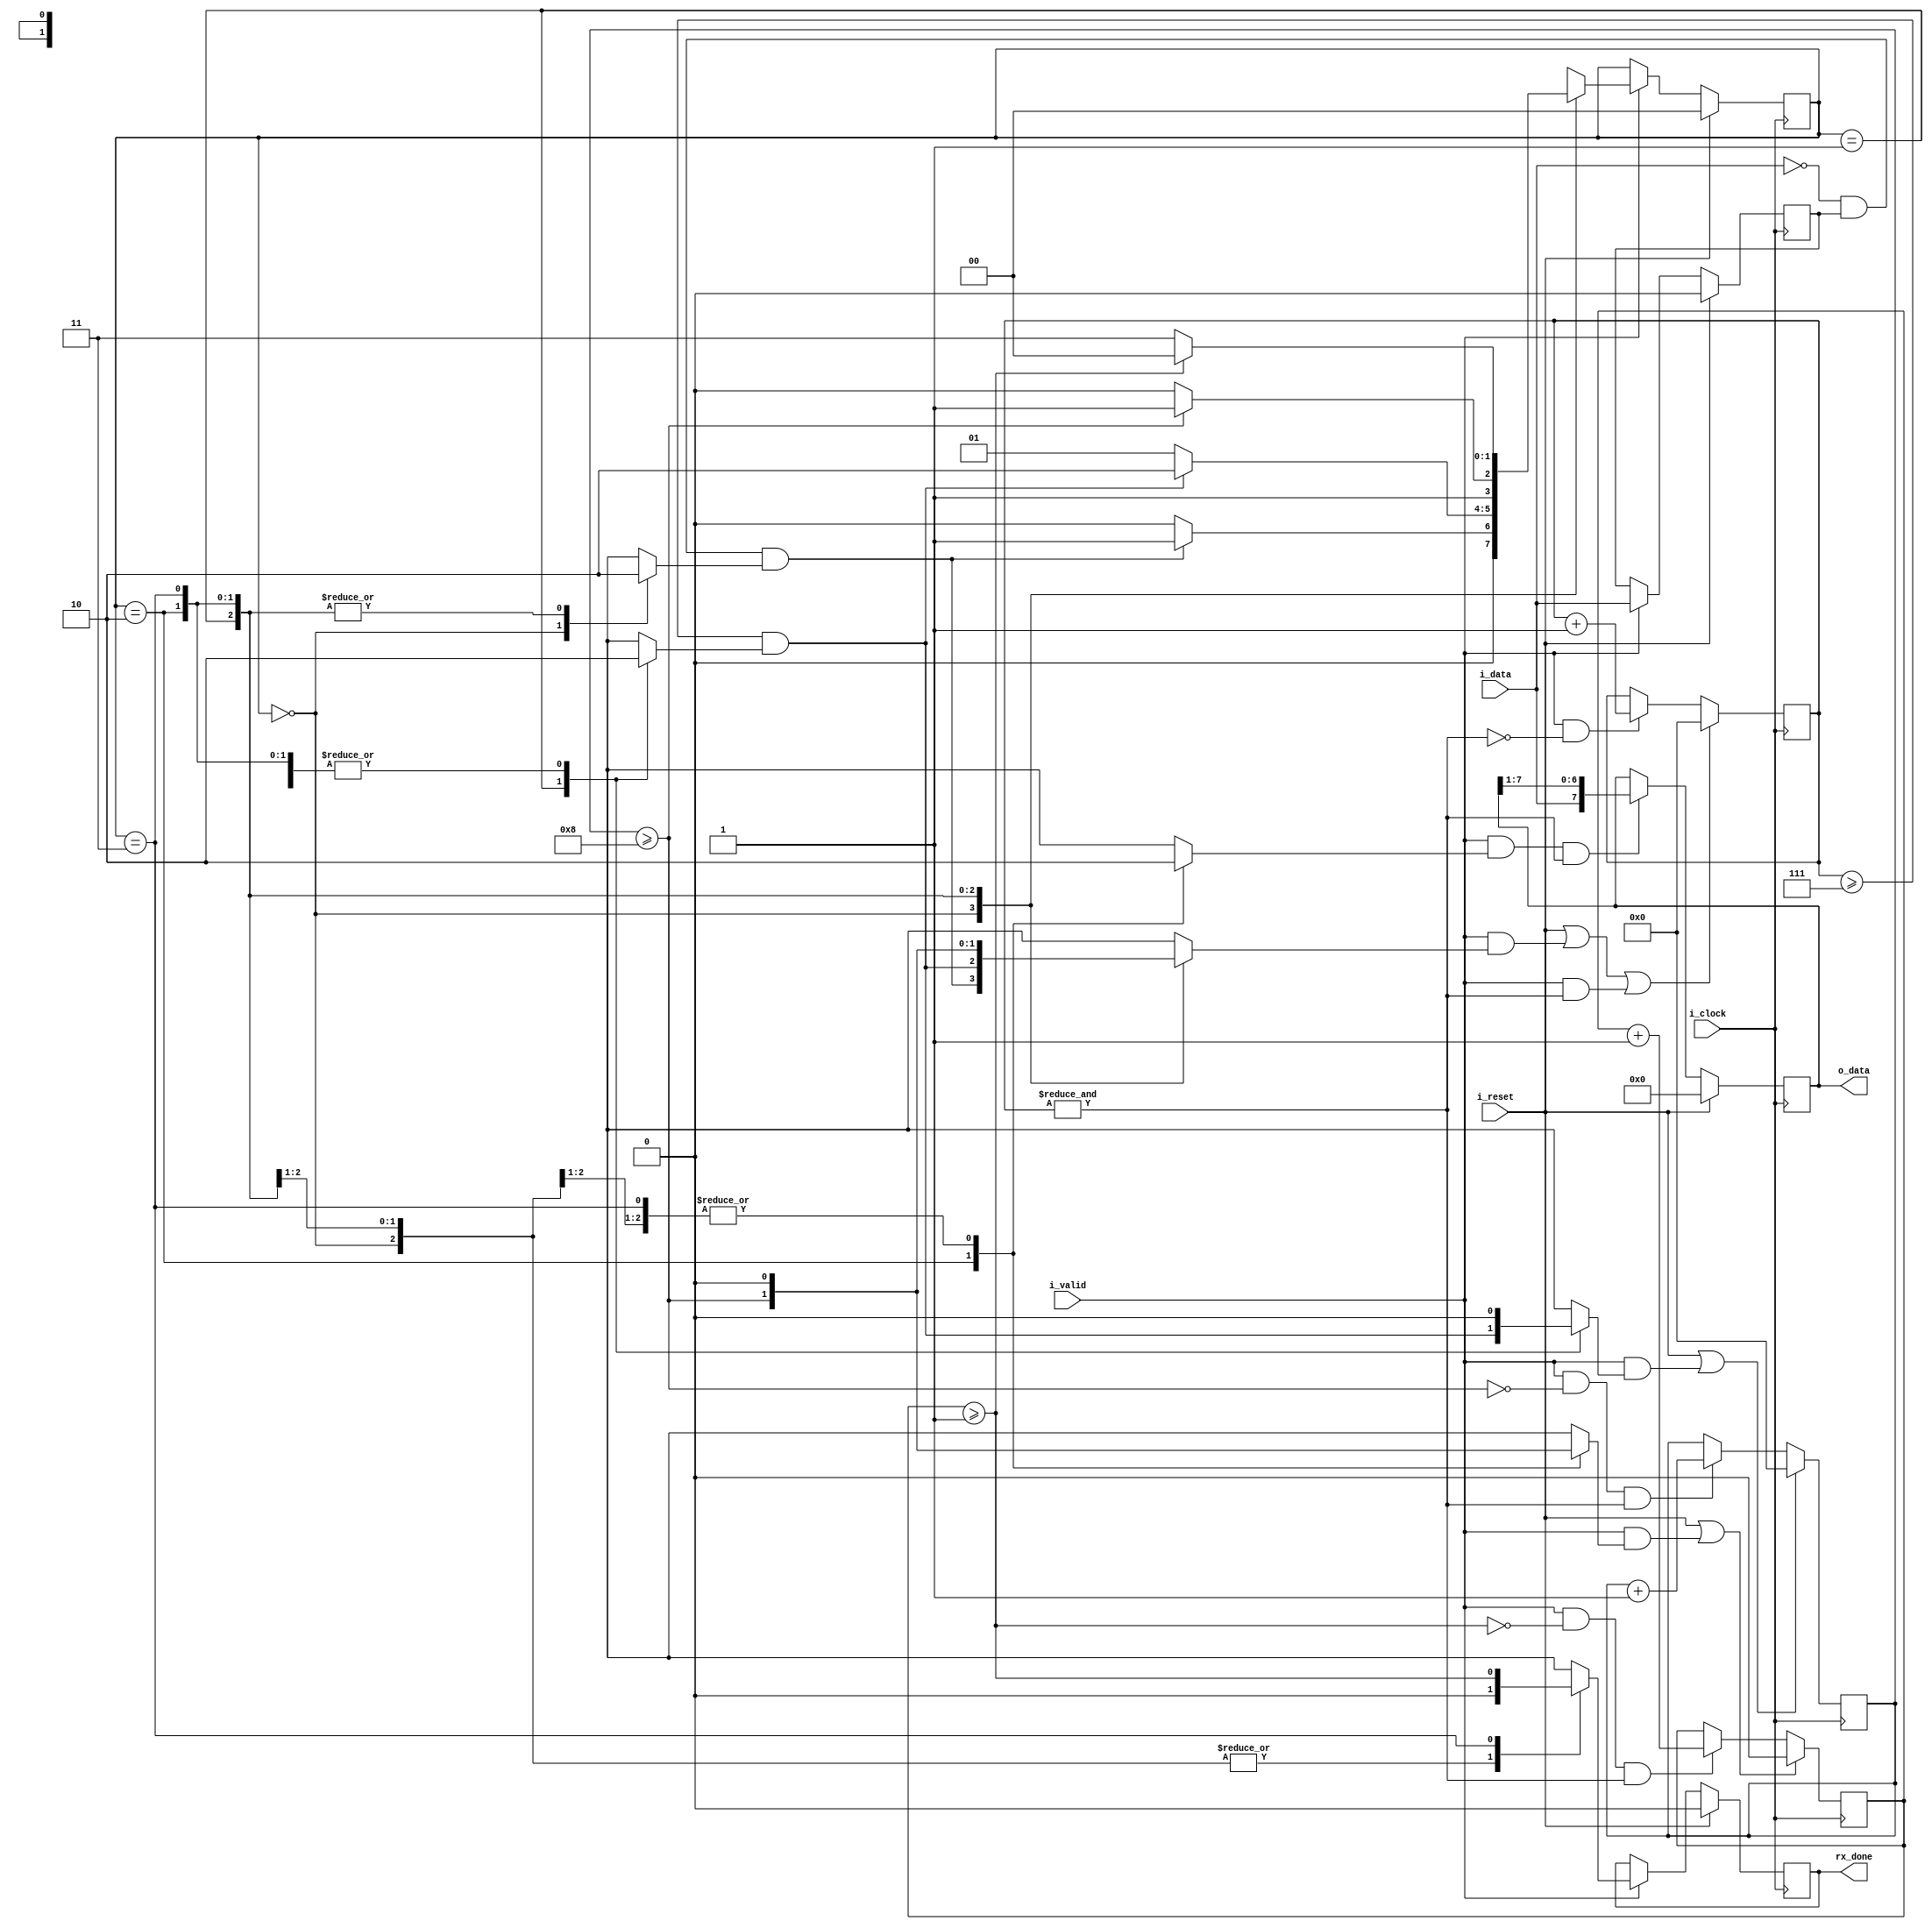
`timescale 1ns / 1ps

module uart_rx 
#(
    // Parameters.
    parameter                                   NB_DATA         = 1 , // Parallelism = 1
    parameter                                   N_DATA          = 8 , // Nr of bits from frame
    parameter                                   LOG2_N_DATA     = 4 , // LOG2 (N_DATA+PARITY)
    parameter                                   M_STOP          = 1 , // Nr of bits from stop 
    parameter                                   LOG2_M_STOP     = 1                            
)
(
    // Outputs.
    output  reg     [N_DATA-1:0]   o_data ,
    output  reg                                 rx_done ,   // Data is ready
    // Inputs.
    input   wire    [NB_DATA-1:0]               i_data ,
    input   wire                                i_valid ,   // Throughput control.

    input   wire                                i_reset ,
    input   wire                                i_clock
) ;

    //==========================================================================
    // LOCAL PARAMETERS.
    //==========================================================================

    // FSM
    localparam                                  NB_STATE        = 2 ;
    localparam      [NB_STATE-1:0]              ST_0_IDLE       = 0 ;
    localparam      [NB_STATE-1:0]              ST_1_START      = 1 ;
    localparam      [NB_STATE-1:0]              ST_2_DATA       = 2 ;
    localparam      [NB_STATE-1:0]              ST_3_STOP       = 3 ;

    // Other
    localparam                                  MAX_TIMER       = 15 ;
    localparam                                  NB_TIMER        = 4 ;

    localparam                                  NB_N_DATA_COUNTER = LOG2_N_DATA ;
    localparam                                  NB_M_STOP_COUNTER = LOG2_M_STOP ;                            

    //==========================================================================
    // INTERNAL SIGNALS.
    //==========================================================================
    reg                                             data_d ;
    wire                                            data_negedge ;

    reg             [NB_TIMER-1:0]                  timer ;
    wire                                            time_out ;

    wire                                            sof ;
    wire                                            max_n_data_counter ;
    wire                                            max_m_stop_counter ;
    wire                                            sampling_timeout ;

    reg             [LOG2_N_DATA-1:0]               n_data_counter ;
    reg             [LOG2_M_STOP-1:0]               m_stop_counter ;

    // FSM
    reg             [NB_STATE-1:0]                  state ;
    reg             [NB_STATE-1:0]                  next_state ;

    reg                                             fsmo_idle ;
    reg                                             fsmo_reset_timer ;
    //reg                                             fsmo_start_timer ;
    reg                                             fsmo_middle_sampling ; //Control signal for sampling at 7 clocks
    reg                                             fsmo_reset_n_data_counter ; //Control signal to reset data counter
    reg                                             fsmo_reset_m_stop_counter ; //Control signal to reset stop counter
    reg                                             fsmo_capture_data ;
    reg                                             fsmo_data_ready ;

    //==========================================================================
    // ALGORITHM.
    //==========================================================================

    //----------------------------------
    //FSM
    //----------------------------------

    // State update.
    always @( posedge i_clock )
    begin
        if ( i_reset )
            state <= ST_0_IDLE ;
        else if ( i_valid )
            state <= next_state ;
    end

    // Calculate next state and FSM outputs.
    always @( * )
    begin

        next_state                  = ST_0_IDLE ;
        fsmo_idle                   = 1'b1 ;
        fsmo_reset_timer            = 1'b0 ;
        fsmo_middle_sampling        = 1'b0 ;
        fsmo_reset_n_data_counter   = 1'b0 ;
        fsmo_reset_m_stop_counter   = 1'b0 ;
        fsmo_capture_data           = 1'b0 ;
        fsmo_data_ready             = 1'b0 ;

        case ( state )
            ST_0_IDLE :
            begin
                casez ( {sampling_timeout, sof, max_n_data_counter, max_m_stop_counter} )
                    4'b?1?? : next_state   = ST_1_START ;
                    default : next_state   = ST_0_IDLE ;
                endcase
                fsmo_idle                   = 1'b1 ;
                fsmo_reset_timer            = sof  ;
                fsmo_middle_sampling        = 1'b0 ;
                fsmo_reset_n_data_counter   = 1'b0 ;
                fsmo_reset_m_stop_counter   = 1'b0 ;
                fsmo_capture_data           = 1'b0 ;
                fsmo_data_ready             = 1'b0 ;
            end

            ST_1_START :
            begin
                casez ( {sampling_timeout, sof, max_n_data_counter, max_m_stop_counter} )
                    4'b1??? : next_state   = ST_2_DATA ;
                    default : next_state   = ST_1_START ;
                endcase
                fsmo_idle                   = 1'b0 ;
                fsmo_reset_timer            = sampling_timeout ;
                fsmo_middle_sampling        = 1'b1 ;
                fsmo_reset_n_data_counter   = sampling_timeout ;
                fsmo_reset_m_stop_counter   = 1'b0 ;
                fsmo_capture_data           = 1'b0 ;
                fsmo_data_ready             = 1'b0 ;
            end

            ST_2_DATA :
            begin
                casez ( {sampling_timeout, sof, max_n_data_counter, max_m_stop_counter} )
                    4'b??1? : next_state   = ST_3_STOP ;
                    default : next_state   = ST_2_DATA ;
                endcase
                fsmo_idle                   = 1'b0 ;
                fsmo_reset_timer            = max_n_data_counter ;
                fsmo_middle_sampling        = 1'b0 ;
                fsmo_reset_n_data_counter   = 1'b0 ;
                fsmo_reset_m_stop_counter   = max_n_data_counter ;
                fsmo_capture_data           = 1'b1 ;
                fsmo_data_ready             = 1'b0 ;
            end

            ST_3_STOP :
            begin
                casez ( {sampling_timeout, sof, max_n_data_counter, max_m_stop_counter} )
                    4'b???1 : next_state    = ST_0_IDLE ;
                    default : next_state    = ST_3_STOP ;
                endcase
                fsmo_idle                   = 1'b0 ;
                fsmo_reset_timer            = 1'b0 ;
                fsmo_middle_sampling        = 1'b0 ;
                fsmo_reset_n_data_counter   = 1'b0 ;
                fsmo_reset_m_stop_counter   = 1'b0 ;
                fsmo_capture_data           = 1'b0 ;
                fsmo_data_ready             = max_m_stop_counter ;
            end

        endcase
    end


    //----------------------------------
    //OTHER LOGIC
    //----------------------------------

    // Negedge from data
    always @( posedge i_clock )
    begin
        if ( i_reset )
            data_d <= 1'b0 ;
        else if ( i_valid )
            data_d <= i_data ;
    end

    assign data_negedge = ~i_data & data_d ;

    assign sof = (data_negedge && fsmo_idle);

    // Shift register for the output
   always @( posedge i_clock )
     begin
        if ( i_reset )
          o_data <= {(N_DATA){1'b0}} ;
        else if ( i_valid && fsmo_capture_data && time_out)
          o_data <= {i_data, o_data[N_DATA-1:1]} ;
     end

    // Signal that there is data ready
    always @( posedge i_clock )
    begin
        if ( i_reset )
            rx_done <= 1'b0 ;
        else if ( i_valid )
            rx_done <= fsmo_data_ready ;
    end


    // Timer logic
    /*
    Timer que cuenta ticks para sincronizar los datos.
    */
    //TODO: Ver tema de racing condition entre timeout para el contador de n y m
    always @( posedge i_clock )
    begin
        if ( i_reset || i_valid && fsmo_reset_timer || i_valid && time_out )
            timer <= {NB_TIMER{1'b0}} ;
        else if ( i_valid && !time_out )
            timer <= timer + 1'b1 ;
    end

    assign time_out = &timer;

    assign sampling_timeout = (( timer >= 7 ) && fsmo_middle_sampling ) ;

    // N_DATA Counter
    /*
    Contador que cuenta la cantidad de bits de datos en el frame.
    Al llegar a max_n_data_counter, se resetea.
    */
    always @( posedge i_clock )
    begin
        if ( i_reset || i_valid && fsmo_reset_n_data_counter )
            n_data_counter <= {NB_N_DATA_COUNTER{1'b0}} ;
        else if ( i_valid && !max_n_data_counter && time_out)
            n_data_counter <= n_data_counter + 1'b1 ;
    end

    assign max_n_data_counter = ( n_data_counter >= (N_DATA) ) ;

    // M_STOP Counter
    /*
    Contador que cuenta la cantidad de bits de stop en el frame.
    Al llegar a max_m_stop_counter, se resetea.
    */
    always @( posedge i_clock )
    begin
        if ( i_reset || i_valid && fsmo_reset_m_stop_counter )
            m_stop_counter <= {NB_M_STOP_COUNTER{1'b0}} ;
        else if ( i_valid && !max_m_stop_counter && time_out)
            m_stop_counter <= m_stop_counter + 1'b1 ;
    end

    assign max_m_stop_counter = ( m_stop_counter >= M_STOP) ;    

endmodule